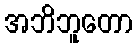
အဘိဘူတော